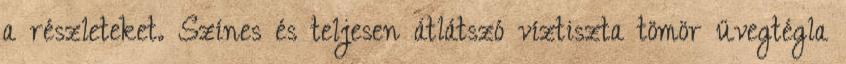
a részleteket. Színes és teljesen átlátszó víztiszta tömör üvegtégla